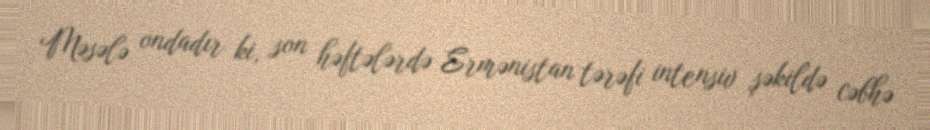
Məsələ ondadır ki, son həftələrdə Ermənistan tərəfi intensiv şəkildə cəbhə